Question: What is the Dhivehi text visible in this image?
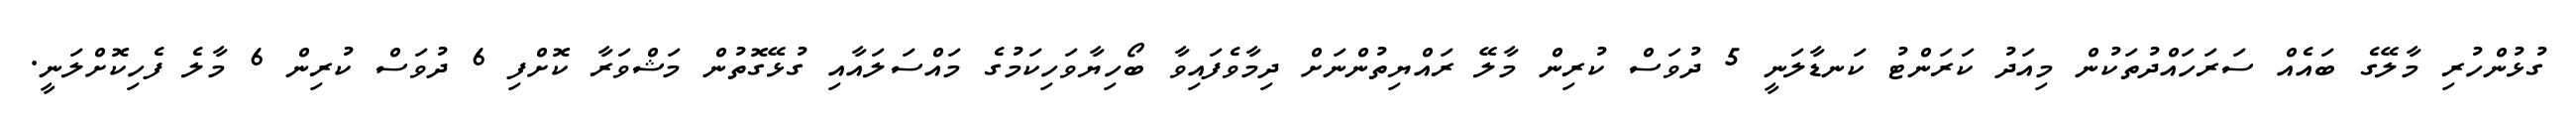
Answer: ގުޅުންހުރި މާލޭގެ ބައެއް ސަރަހައްދުތަކުން މިއަދު ކަރަންޓު ކަނޑާލަނީ 5 ދުވަސް ކުރިން މާލޭ ރައްޔިތުންނަށް ދިމާވެފައިވާ ބޯހިޔާވަހިކަމުގެ މައްސަލައާއި ގުޅޭގޮތުން މަޝްވަރާ ކޮށްފި 6 ދުވަސް ކުރިން 6 މާލެ ފެހިކޮށްލަނީ.